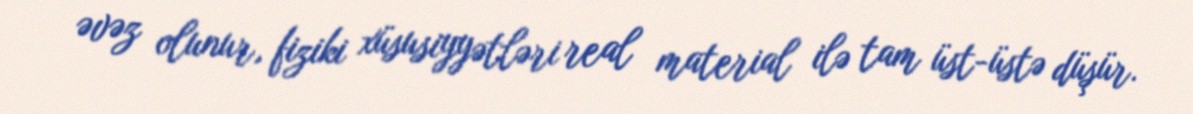
əvəz olunur, fiziki xüsusiyyətləri real material ilə tam üst-üstə düşür.